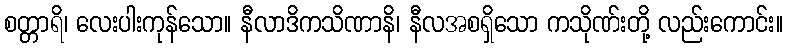
စတ္တာရိ၊ လေးပါးကုန်သော။ နီလာဒိကသိဏာနိ၊ နီလအစရှိသော ကသိုဏ်းတို့ လည်းကောင်း။